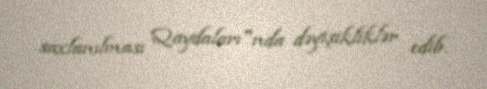
saxlanılması Qaydaları"nda dəyişikliklər edib.